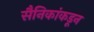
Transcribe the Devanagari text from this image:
सैनिकांकडून